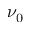
\nu _ { 0 }